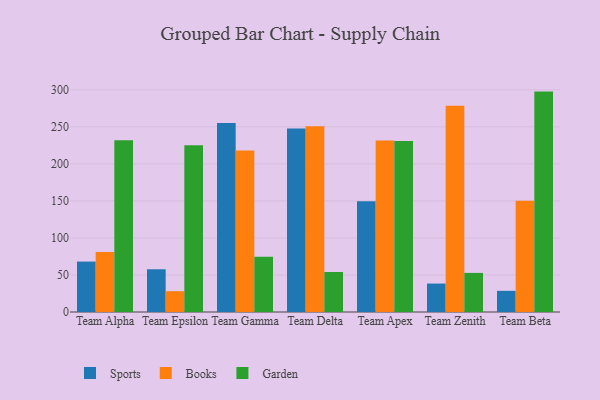
{"axis": {"x": "Team", "y": "Headcount"}, "legend": ["Books", "Garden", "Sports"], "data": [{"x": "Team Alpha", "y": 68.1, "type": "Sports"}, {"x": "Team Alpha", "y": 80.9, "type": "Books"}, {"x": "Team Alpha", "y": 231.9, "type": "Garden"}, {"x": "Team Epsilon", "y": 57.7, "type": "Sports"}, {"x": "Team Epsilon", "y": 28.1, "type": "Books"}, {"x": "Team Epsilon", "y": 225.2, "type": "Garden"}, {"x": "Team Gamma", "y": 255.1, "type": "Sports"}, {"x": "Team Gamma", "y": 218.1, "type": "Books"}, {"x": "Team Gamma", "y": 74.5, "type": "Garden"}, {"x": "Team Delta", "y": 247.7, "type": "Sports"}, {"x": "Team Delta", "y": 250.8, "type": "Books"}, {"x": "Team Delta", "y": 54.0, "type": "Garden"}, {"x": "Team Apex", "y": 149.6, "type": "Sports"}, {"x": "Team Apex", "y": 231.6, "type": "Books"}, {"x": "Team Apex", "y": 231.0, "type": "Garden"}, {"x": "Team Zenith", "y": 38.4, "type": "Sports"}, {"x": "Team Zenith", "y": 278.5, "type": "Books"}, {"x": "Team Zenith", "y": 52.8, "type": "Garden"}, {"x": "Team Beta", "y": 28.6, "type": "Sports"}, {"x": "Team Beta", "y": 150.1, "type": "Books"}, {"x": "Team Beta", "y": 297.6, "type": "Garden"}]}